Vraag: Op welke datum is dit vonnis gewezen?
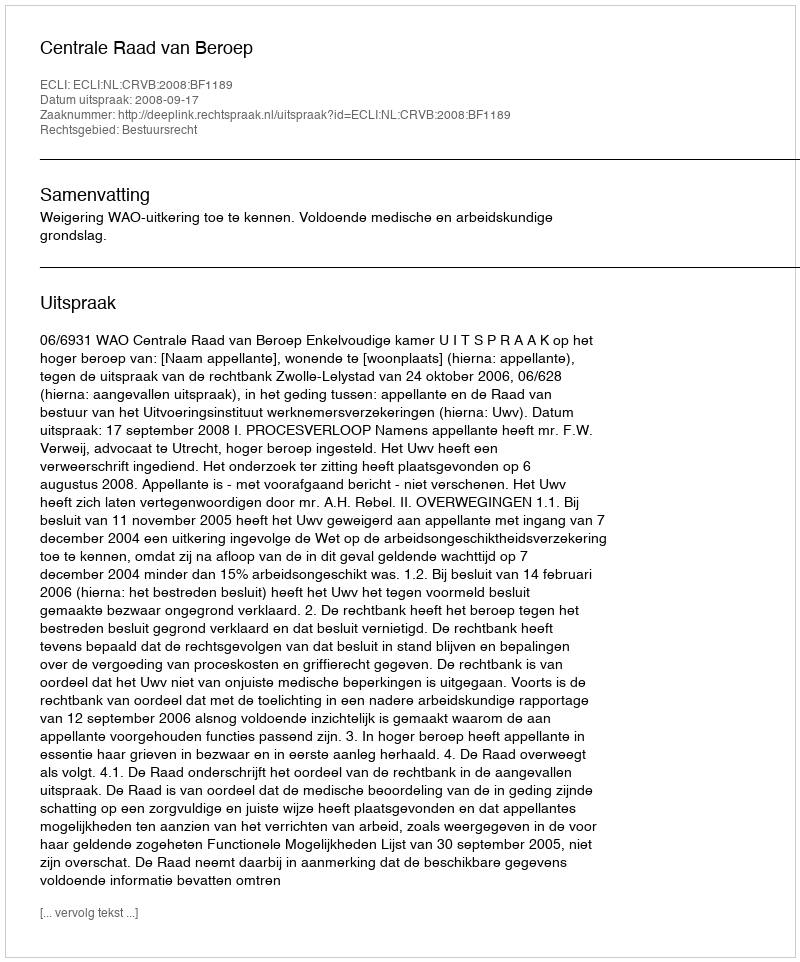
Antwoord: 2008-09-17